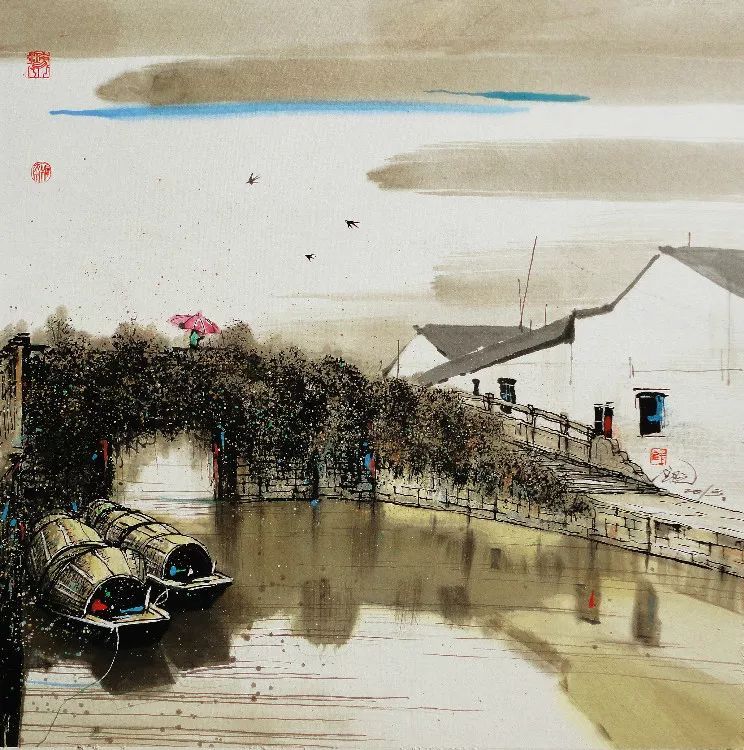
记晓叶题霜，秋灯吟雨，曾系长桥过艇。